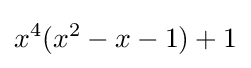
x^{4}(x^{2}-x-1)+1